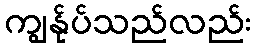
ကျွန်ုပ်သည်လည်း